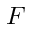
F